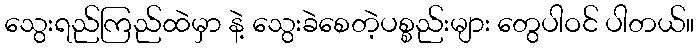
သွေးရည်ကြည်ထဲမှာ နဲ့ သွေးခဲစေတဲ့ပစ္စည်းများ တွေပါဝင် ပါတယ်။